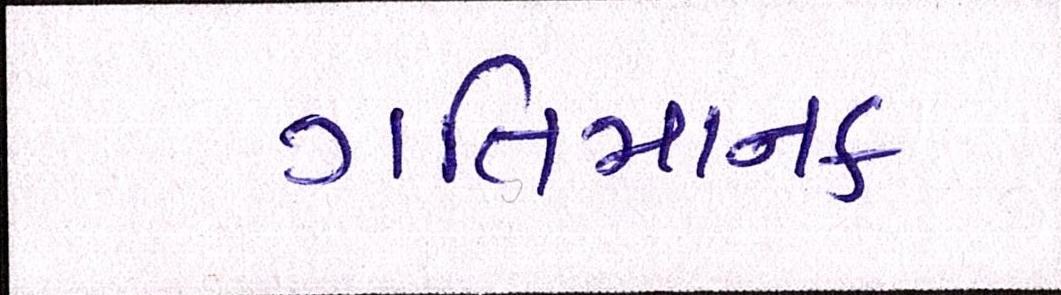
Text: ગતિમાનક